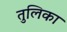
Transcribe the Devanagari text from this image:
तुलिका